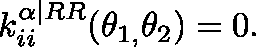
k _ { i i } ^ { \mathbf { \alpha | } R R } ( \theta _ { 1 , } \theta _ { 2 } ) = 0 .